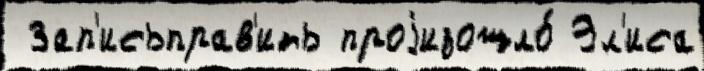
 Зап'исьправ'ить проjизошло́ Эл'иса